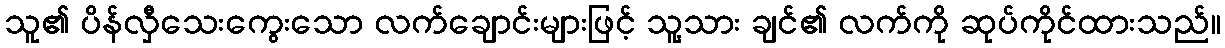
သူ၏ ပိန်လှီသေးကွေးသော လက်ချောင်းများဖြင့် သူ့သား ချင်၏ လက်ကို ဆုပ်ကိုင်ထားသည်။